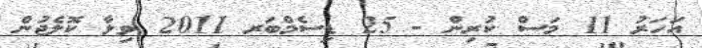
އަހަރު 11 މަސް ކުރިން - 25 ޑިސެމްބަރ 2011 ވިލާ ކޮލެޖުން